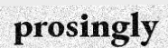
prosingly